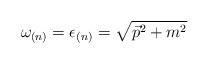
LaTeX: \begin{align*}\omega_{(n)}= \epsilon_{(n)}=\sqrt{\vec{p}^2+m^2}\end{align*}